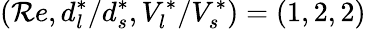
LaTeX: \left({\mathcal{R}e},d_{l}^{*}/d_{s}^{*},V_{l}^{*}/V_{s}^{*}\right)=\left(1,2,2\right)